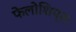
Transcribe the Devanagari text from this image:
फेलोशिप्स